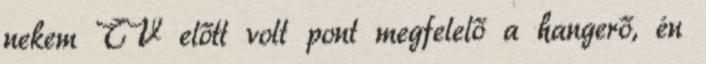
nekem TV előtt volt pont megfelelő a hangerő, én